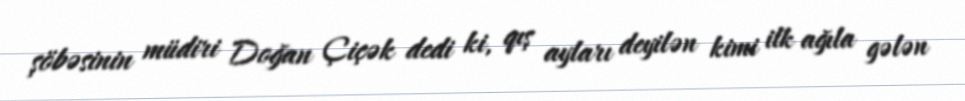
şöbəsinin müdiri Doğan Çiçək dedi ki, qış ayları deyilən kimi ilk ağıla gələn